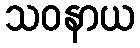
သဝနာယ